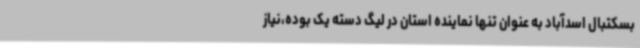
بسکتبال اسدآباد به عنوان تنها نماینده استان در لیگ دسته یک بوده،نیاز